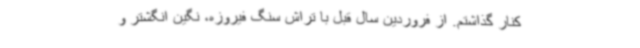
کنار گذاشتم. از فروردین سال قبل با تراش سنگ فیروزه، نگین انگشتر و